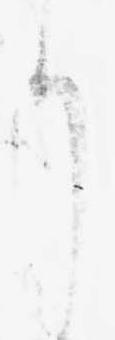
り